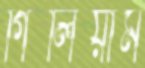
গিলিয়াম